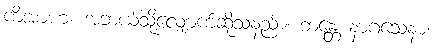
ကိံအာဟ၊ အဘယ်သို့လျှောက်ဆိုသနည်း။ ဘန္တေ နာဂသေနာ၊